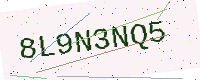
Text: 8L9N3NQ5